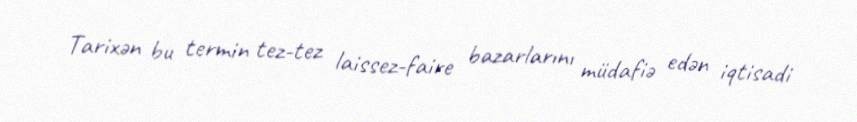
Tarixən bu termin tez-tez laissez-faire bazarlarını müdafiə edən iqtisadi